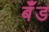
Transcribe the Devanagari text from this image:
बॅँंड